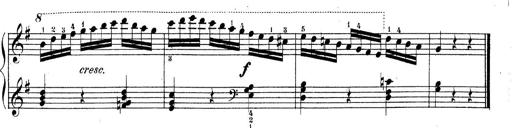
Title: Piano Sonatine No.2
Composer: Peter Piel
Key: G major